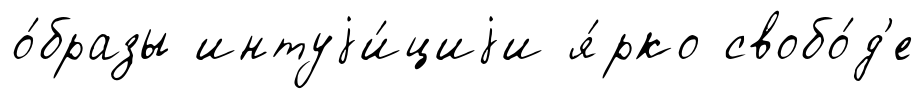
о́бразы интуjи́циjи я́рко свобо́д'е